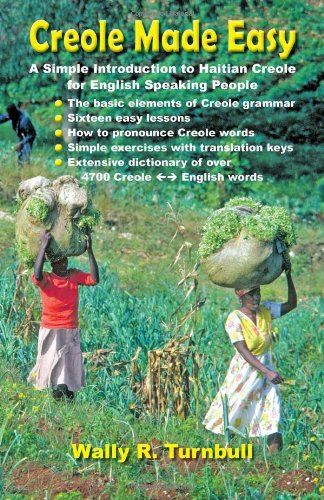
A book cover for Creole Made Easy; Wally R. Turnbull; Reference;